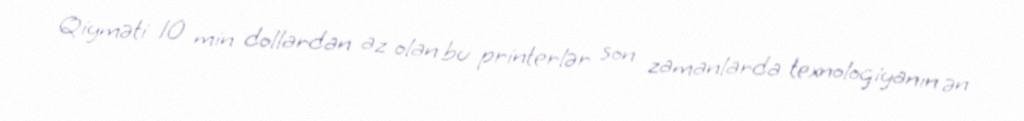
Qiyməti 10 min dollardan az olan bu printerlər son zamanlarda texnologiyanın ən